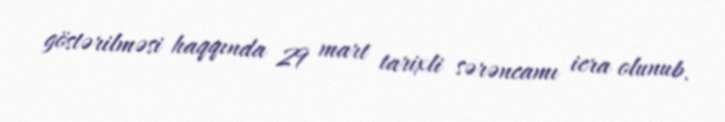
göstərilməsi haqqında 29 mart tarixli sərəncamı icra olunub.